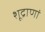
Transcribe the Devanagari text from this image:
शूद्राणां